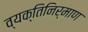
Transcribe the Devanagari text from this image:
व्यक्तिनिर्माण